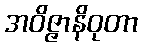
အဝိဇ္ဇာနိဝုတာ